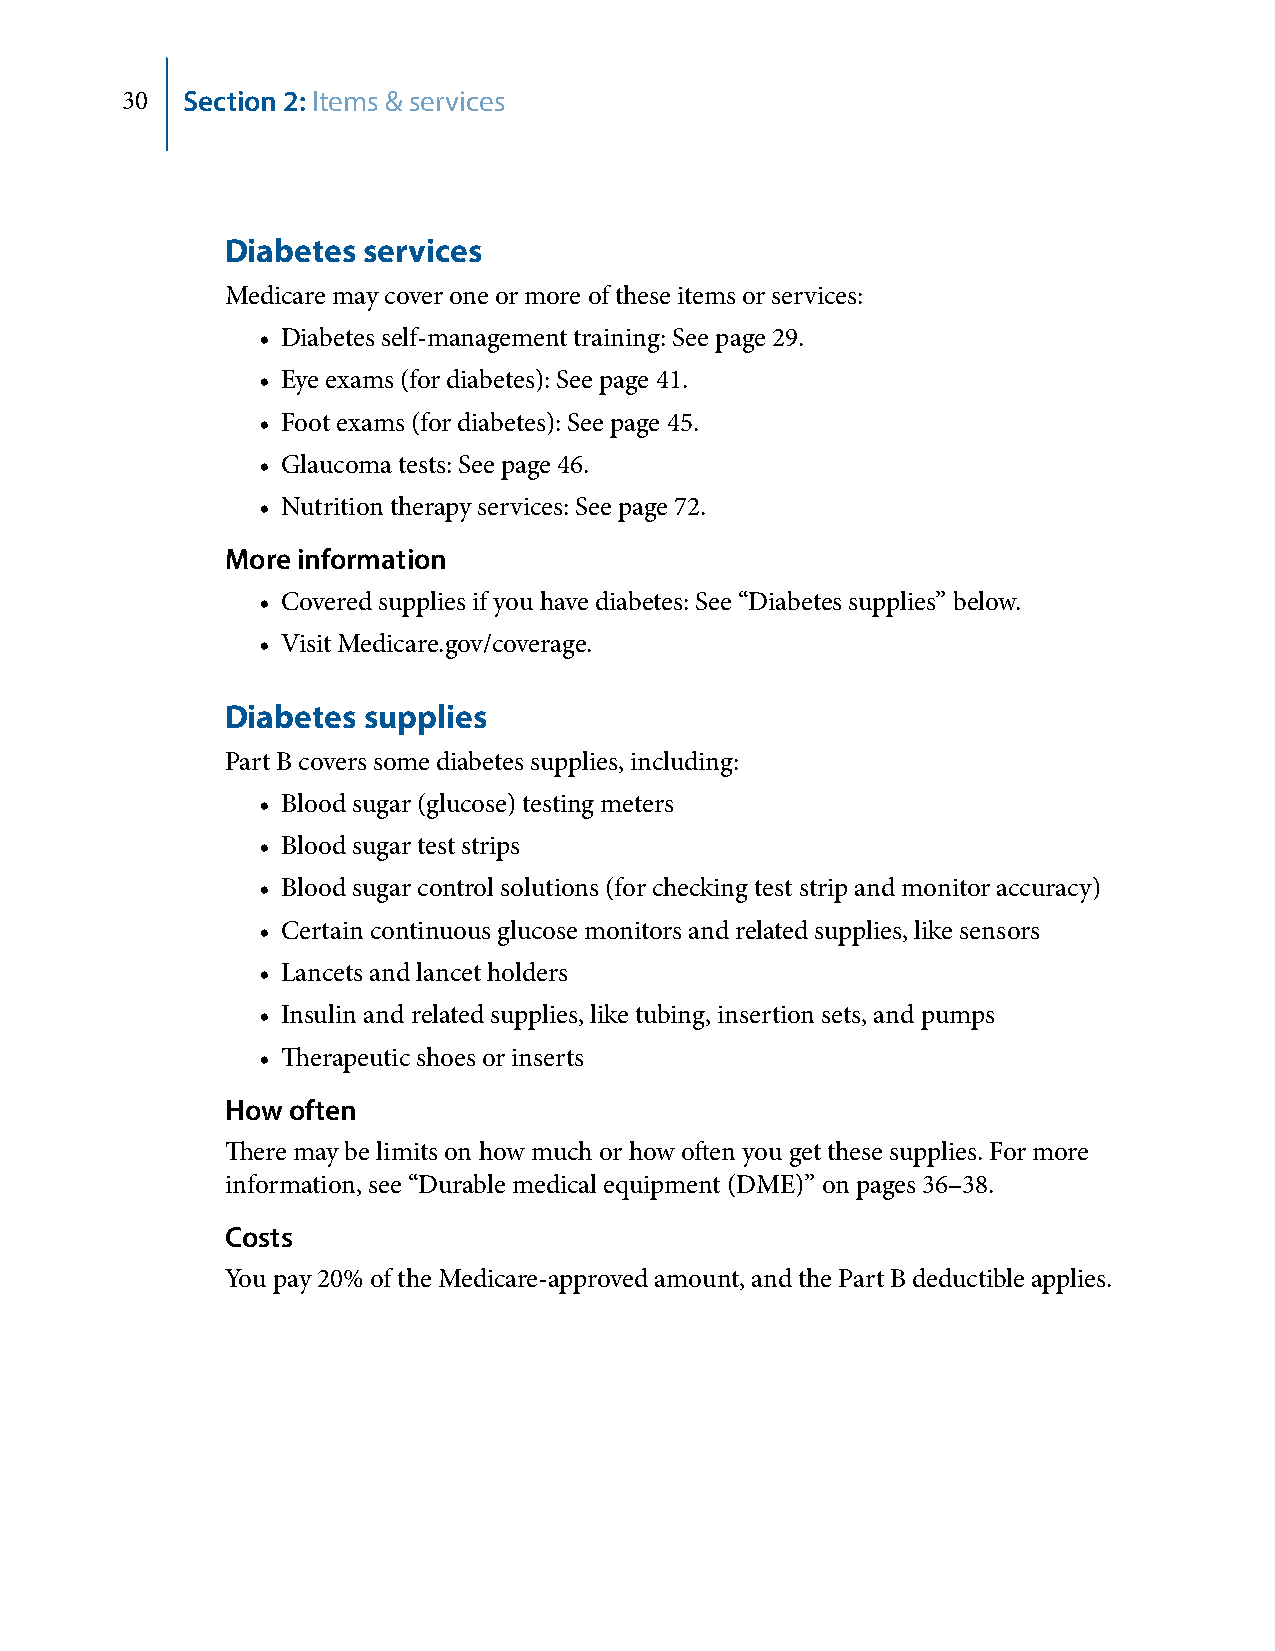
30  Section 2: Items & services
 Diabetes services
 Medicare may cover one or more of these items or services:
 • Diabetes self-management training: See page 29.
 • Eye exams (for diabetes): See page 41.
 • Foot exams (for diabetes): See page 45.
 • Glaucoma tests: See page 46.
 • Nutrition therapy services: See page 72.
 More information
 • Covered supplies if you have diabetes: See “Diabetes supplies” below.
 • Visit Medicare.gov/coverage.
 Diabetes supplies
 Part B covers some diabetes supplies, including:
 • Blood sugar (glucose) testing meters
 • Blood sugar test strips
 • Blood sugar control solutions (for checking test strip and monitor accuracy)
 • Certain continuous glucose monitors and related supplies, like sensors
 • Lancets and lancet holders
 • Insulin and related supplies, like tubing, insertion sets, and pumps
 • Therapeutic shoes or inserts
 How often
 There may be limits on how much or how often you get these supplies. For more
 information, see “Durable medical equipment (DME)” on pages 36–38.
 Costs
 You pay 20% of the Medicare-approved amount, and the Part B deductible applies.